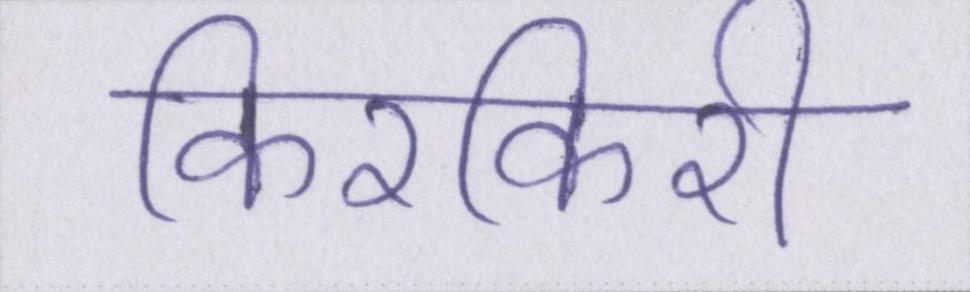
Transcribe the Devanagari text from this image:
किरकिरी